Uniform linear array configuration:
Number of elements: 24
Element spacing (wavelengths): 0.5
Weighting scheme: kaiser
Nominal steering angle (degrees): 15
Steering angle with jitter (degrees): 15.808
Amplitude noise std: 0.05
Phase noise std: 0.05

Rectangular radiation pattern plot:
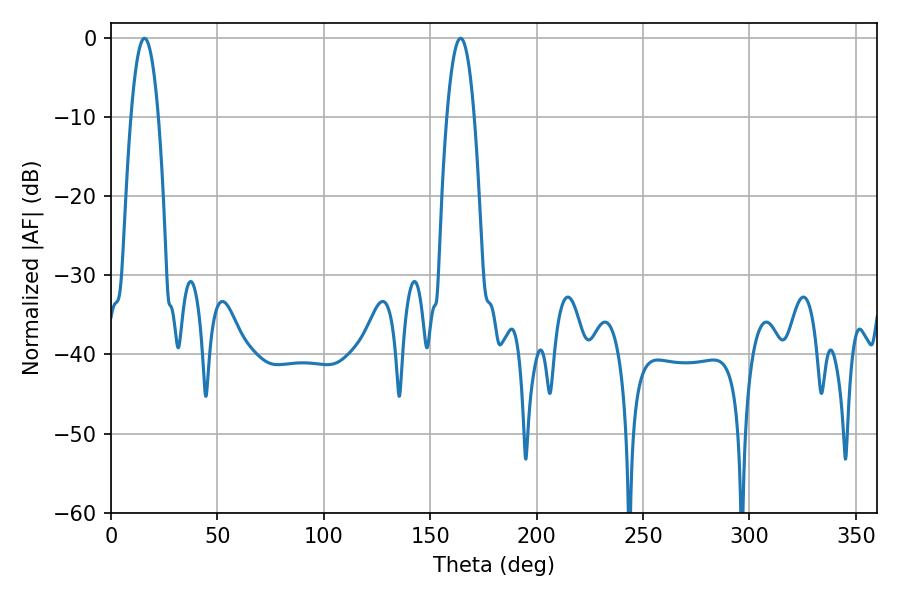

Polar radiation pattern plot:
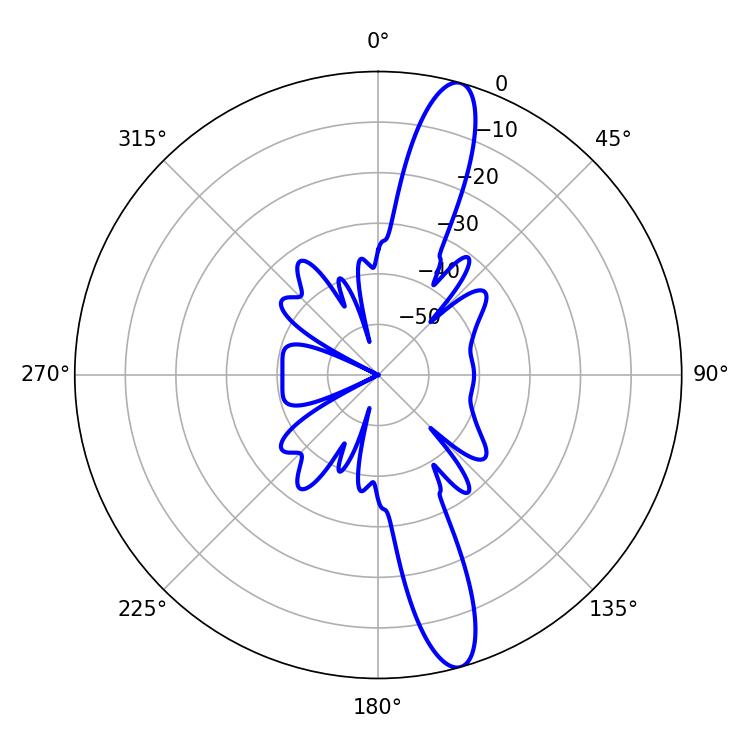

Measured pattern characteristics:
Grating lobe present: FALSE
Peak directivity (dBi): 14.403
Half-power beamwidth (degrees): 7.02
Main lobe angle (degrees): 15.66